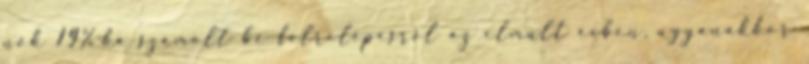
nők 19%-ka számolt be félrelépésről az elmúlt évben, ugyanakkor